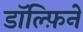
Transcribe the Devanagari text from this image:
डॉल्फ़िनें